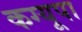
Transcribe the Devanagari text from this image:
कग्‍यूपा